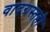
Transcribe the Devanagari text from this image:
वादग्रस्तही